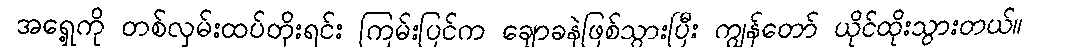
အရှေ့ကို တစ်လှမ်းထပ်တိုးရင်း ကြမ်းပြင်က ချောခနဲဖြစ်သွားပြီး ကျွန်တော် ယိုင်ထိုးသွားတယ်။